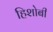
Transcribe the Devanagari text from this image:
हिशोबी